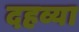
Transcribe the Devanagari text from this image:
दहव्या